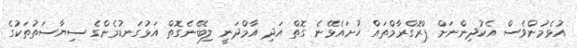
އުޅެމުންވެސް އެކުދިންނަށް ޕްރޮގްރާމްތައް ހުށައެޅޭނެ ގޮތް އަދި އާމްދަނީ ލިބޭނެގޮތް އަޅުގަނޑުމެންގެ ސިޔާސަތުތަކުގެ